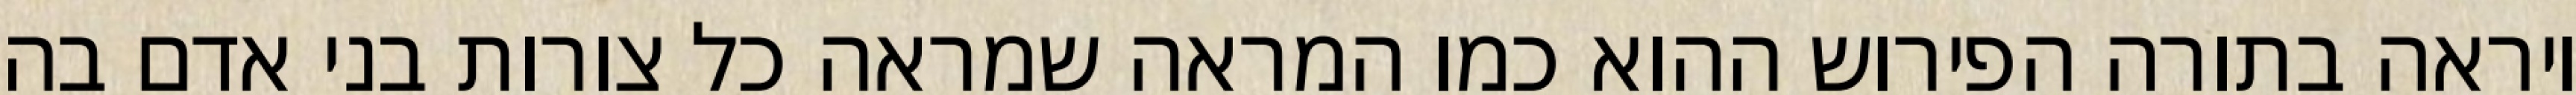
ויראה בתורה הפירוש ההוא כמו המראה שמראה כל צורות בני אדם בה